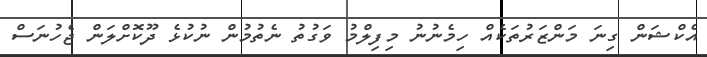
އެކްޝަން ގިނަ މަންޒަރުތަކެއް ހިމެނުނު މިފިލްމު ވަގުތު ނެތުމުން ނުކުޅެ ދޫކޮށްލަން ޖެހުނަސް